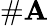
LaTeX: \# \mathbf{A}